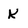
Character: K